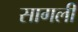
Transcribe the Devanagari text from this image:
सागली